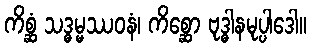
ကိစ္ဆံ သဒ္ဓမ္မဿဝနံ၊ ကိစ္ဆော ဗုဒ္ဓါနမုပ္ပါဒေါ။